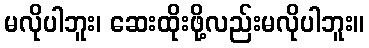
မလိုပါဘူး၊ ဆေးထိုးဖို့လည်းမလိုပါဘူး။